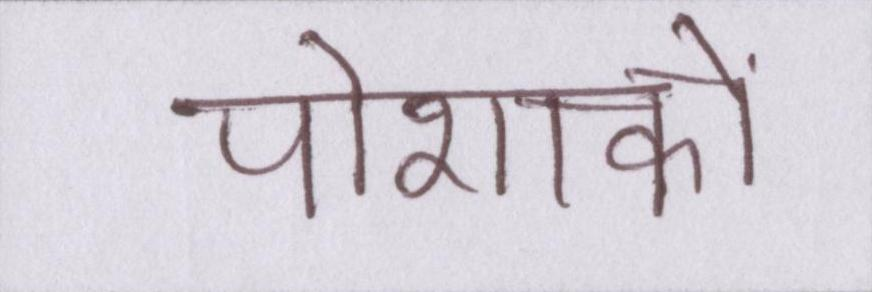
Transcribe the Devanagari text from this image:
पोशाकों